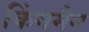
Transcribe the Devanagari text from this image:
किंगमैन